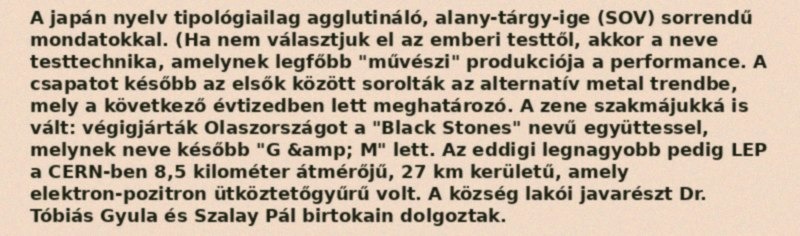
A japán nyelv tipológiailag agglutináló, alany-tárgy-ige (SOV) sorrendű mondatokkal. (Ha nem választjuk el az emberi testtől, akkor a neve testtechnika, amelynek legfőbb "művészi" produkciója a performance. A csapatot később az elsők között sorolták az alternatív metal trendbe, mely a következő évtizedben lett meghatározó. A zene szakmájukká is vált: végigjárták Olaszországot a "Black Stones" nevű együttessel, melynek neve később "G &amp; M" lett. Az eddigi legnagyobb pedig LEP a CERN-ben 8,5 kilométer átmérőjű, 27 km kerületű, amely elektron-pozitron ütköztetőgyűrű volt. A község lakói javarészt Dr. Tóbiás Gyula és Szalay Pál birtokain dolgoztak.